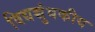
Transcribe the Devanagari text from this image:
विद्यच्चुंबकीय